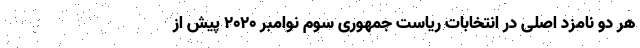
هر دو نامزد اصلی در انتخابات ریاست جمهوری سوم نوامبر ۲۰۲۰ پیش از